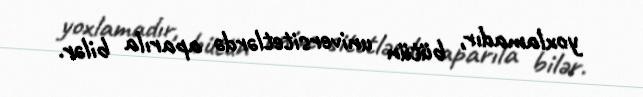
yoxlamadır, bütün universitetlərdə aparıla bilər.